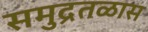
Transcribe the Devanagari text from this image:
समुद्रतळास